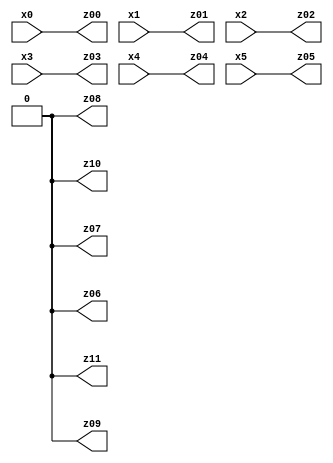
// Benchmark "X_52" written by ABC on Fri Jun 02 22:53:59 2023

module X_52 ( 
    x0, x1, x2, x3, x4, x5,
    z00, z01, z02, z03, z04, z05, z06, z07, z08, z09, z10, z11  );
  input  x0, x1, x2, x3, x4, x5;
  output z00, z01, z02, z03, z04, z05, z06, z07, z08, z09, z10, z11;
  assign z00 = x0;
  assign z01 = x1;
  assign z02 = x2;
  assign z03 = x3;
  assign z04 = x4;
  assign z05 = x5;
  assign z06 = 1'b0;
  assign z07 = 1'b0;
  assign z08 = 1'b0;
  assign z09 = 1'b0;
  assign z10 = 1'b0;
  assign z11 = 1'b0;
endmodule